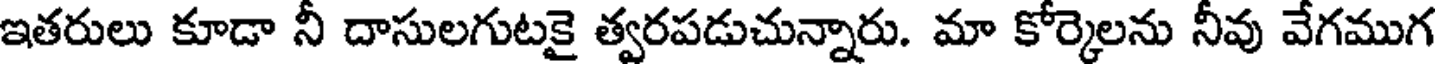
ఇతరులు కూడా నీ దాసులగుటకై త్వరపడుచున్నారు. మా కోర్కెలను నీవు వేగముగ